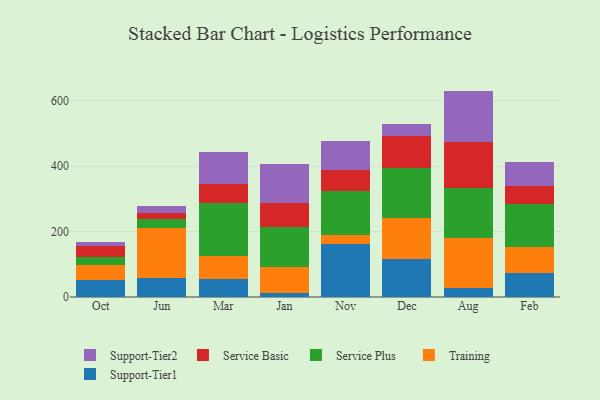
{"axis": {"x": "Month", "y": "Revenue (USD Million)"}, "legend": ["Service Basic", "Service Plus", "Support-Tier1", "Support-Tier2", "Training"], "data": [{"x": "Oct", "y": 51.4, "type": "Support-Tier1"}, {"x": "Oct", "y": 45.4, "type": "Training"}, {"x": "Oct", "y": 24.3, "type": "Service Plus"}, {"x": "Oct", "y": 35.0, "type": "Service Basic"}, {"x": "Oct", "y": 13.6, "type": "Support-Tier2"}, {"x": "Jun", "y": 57.6, "type": "Support-Tier1"}, {"x": "Jun", "y": 152.6, "type": "Training"}, {"x": "Jun", "y": 27.4, "type": "Service Plus"}, {"x": "Jun", "y": 18.3, "type": "Service Basic"}, {"x": "Jun", "y": 22.3, "type": "Support-Tier2"}, {"x": "Mar", "y": 56.4, "type": "Support-Tier1"}, {"x": "Mar", "y": 69.7, "type": "Training"}, {"x": "Mar", "y": 162.9, "type": "Service Plus"}, {"x": "Mar", "y": 57.8, "type": "Service Basic"}, {"x": "Mar", "y": 96.9, "type": "Support-Tier2"}, {"x": "Jan", "y": 10.9, "type": "Support-Tier1"}, {"x": "Jan", "y": 79.7, "type": "Training"}, {"x": "Jan", "y": 124.5, "type": "Service Plus"}, {"x": "Jan", "y": 73.5, "type": "Service Basic"}, {"x": "Jan", "y": 117.5, "type": "Support-Tier2"}, {"x": "Nov", "y": 162.9, "type": "Support-Tier1"}, {"x": "Nov", "y": 27.4, "type": "Training"}, {"x": "Nov", "y": 133.9, "type": "Service Plus"}, {"x": "Nov", "y": 63.5, "type": "Service Basic"}, {"x": "Nov", "y": 90.4, "type": "Support-Tier2"}, {"x": "Dec", "y": 116.7, "type": "Support-Tier1"}, {"x": "Dec", "y": 124.0, "type": "Training"}, {"x": "Dec", "y": 153.8, "type": "Service Plus"}, {"x": "Dec", "y": 96.7, "type": "Service Basic"}, {"x": "Dec", "y": 38.6, "type": "Support-Tier2"}, {"x": "Aug", "y": 29.0, "type": "Support-Tier1"}, {"x": "Aug", "y": 152.6, "type": "Training"}, {"x": "Aug", "y": 152.6, "type": "Service Plus"}, {"x": "Aug", "y": 141.3, "type": "Service Basic"}, {"x": "Aug", "y": 155.0, "type": "Support-Tier2"}, {"x": "Feb", "y": 72.5, "type": "Support-Tier1"}, {"x": "Feb", "y": 81.3, "type": "Training"}, {"x": "Feb", "y": 131.6, "type": "Service Plus"}, {"x": "Feb", "y": 54.2, "type": "Service Basic"}, {"x": "Feb", "y": 74.7, "type": "Support-Tier2"}]}